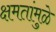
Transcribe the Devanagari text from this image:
क्षमतांमुळे